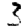
Digit: 3